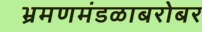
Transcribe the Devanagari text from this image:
भ्रमणमंडळाबरोबर